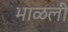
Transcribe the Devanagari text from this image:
भाळली